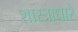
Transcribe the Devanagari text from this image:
शास्त्राधारे